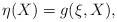
LaTeX: \begin{align*}\eta(X) = g(\xi , X),\end{align*}